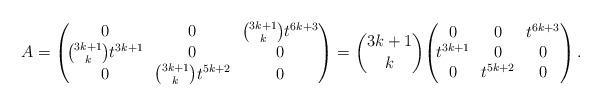
LaTeX: \begin{align*}A = \begin{pmatrix}\!0 & \!0 & \!\binom {3k + 1}{k}t^{6k + 3} \\\!\binom {3k + 1}{k}t^{3k + 1} & \!0 & \!0 \\\!0 & \!\binom {3k + 1}{k}t^{5k + 2} & \!0\end{pmatrix}=\binom {3k + 1}{k} \!\begin{pmatrix}\!0 & \!0 & \!t^{6k + 3} \\\!t^{3k + 1} & \!0 & \!0 \\\!0 & \!t^{5k + 2} & \!0\end{pmatrix}.\end{align*}